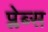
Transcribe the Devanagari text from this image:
प्लेब्स